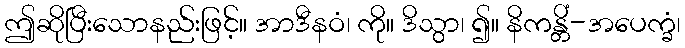
ဤဆိုပြီးသောနည်းဖြင့်။ အာဒီနဝံ၊ ကို။ ဒိသွာ၊ ၍။ နိကန္တိံ-အပေက္ခံ၊